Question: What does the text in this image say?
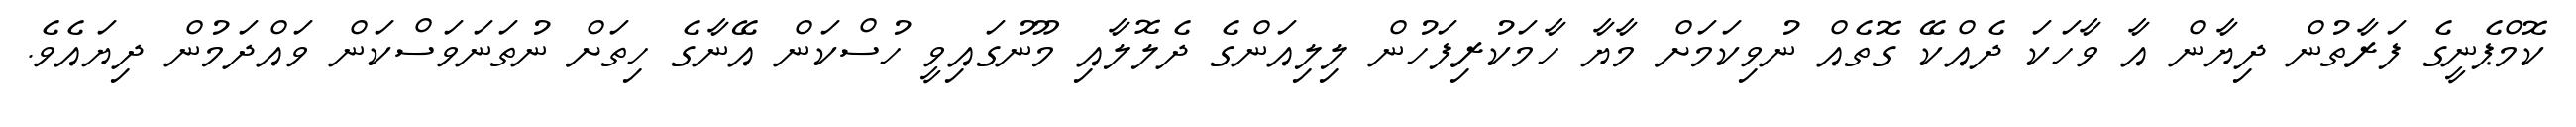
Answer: ކޮމްޕެނީގެ ފަރާތުން ދިޔާން އާ ވާހަކަ ދެއްކޭ ގޮތެއް ނުވިކަމަށް މާޔާ ހާމަކުރިފަހުން ލިލިއަންގެ ދެލޮލާއި މޫނުގައިވީ ހުސްކަން އޭނާގެ ހިތަށް ނުތަނަވަސްކަން ވައްދަމުން ދިޔައެވެ.